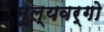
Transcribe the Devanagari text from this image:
मूल्यवर्गो